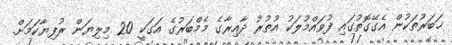
ޚަބަރުތަކުން އެގޭގޮތުގައި ފުވައްމުލަކު އުތުރު ދާއިރާގެ މެމްބަރުގެ އަގަކީ 20 މިލިޔަން ރުފިޔާކަމަށް.